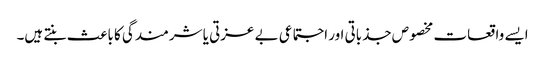
ایسے واقعات مخصوص جذباتی اور اجتماعی بے عزتی یا شرمندگی کا باعث بنتے ہیں۔